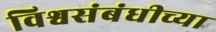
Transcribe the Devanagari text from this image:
विश्वसंबंधीच्या